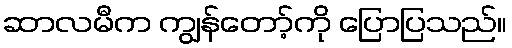
ဆာလမီက ကျွန်တော့်ကို ပြောပြသည်။